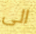
الى